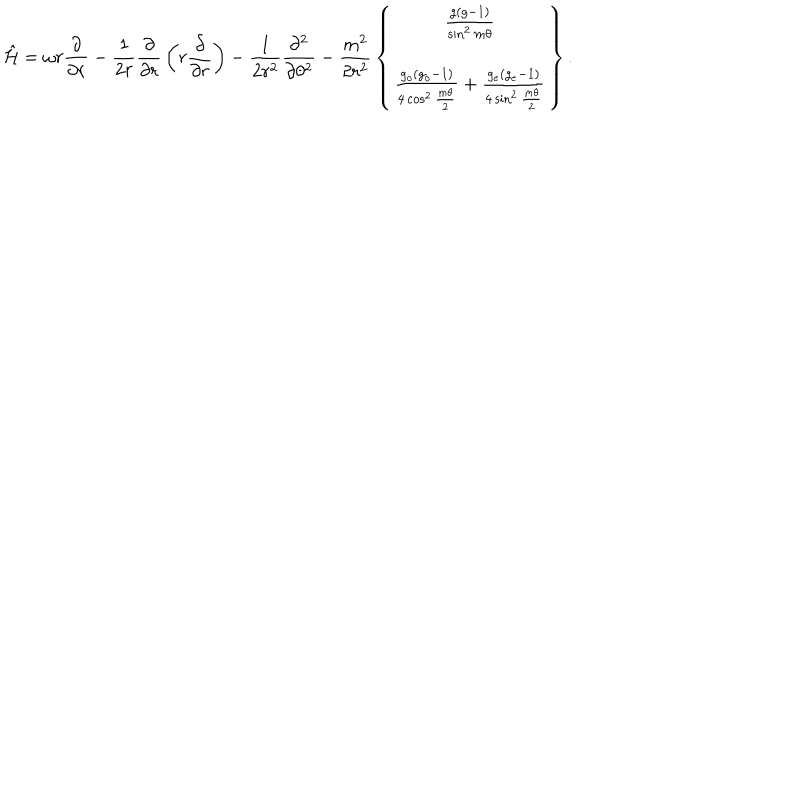
\hat { \cal H } = \omega r { \frac { \partial } { \partial r } } - { \frac { 1 } { 2 r } } { \frac { \partial } { \partial r } } \left( r { \frac { \partial } { \partial r } } \right) - { \frac { 1 } { 2 r ^ { 2 } } } { \frac { \partial ^ { 2 } } { \partial \theta ^ { 2 } } } - { \frac { m ^ { 2 } } { 2 r ^ { 2 } } } \left\{ \begin{array} { c } { { { \frac { g ( g - 1 ) } { \sin ^ { 2 } m \theta } } } } \\ { { { \frac { g _ { o } ( g _ { o } - 1 ) } { 4 \cos ^ { 2 } { \frac { m \theta } { 2 } } } } + { \frac { g _ { e } ( g _ { e } - 1 ) } { 4 \sin ^ { 2 } { \frac { m \theta } { 2 } } } } } } \\ \end{array} \right\} .